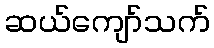
ဆယ်ကျော်သက်